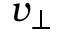
v _ { \perp }